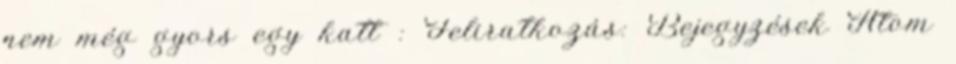
nem még gyors egy katt : Feliratkozás: Bejegyzések Atom